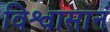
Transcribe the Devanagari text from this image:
विश्वासानं